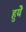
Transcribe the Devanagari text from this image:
हुयेे